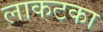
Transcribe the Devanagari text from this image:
लाकटका